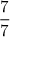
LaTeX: \frac { 7 } { 7 }